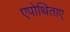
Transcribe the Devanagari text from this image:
एपोथिताए